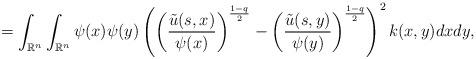
LaTeX: \begin{align*} = \int_{\mathbb{R}^{n}}\int_{\mathbb{R}^{n}}\psi(x)\psi(y)\left( \left( \frac{\tilde{u}(s,x)}{\psi(x)} \right)^{\frac{1-q}{2}} - \left( \frac{\tilde{u}(s,y)}{\psi(y)} \right)^{\frac{1-q}{2}} \right)^{2}k(x,y)dxdy,\end{align*}